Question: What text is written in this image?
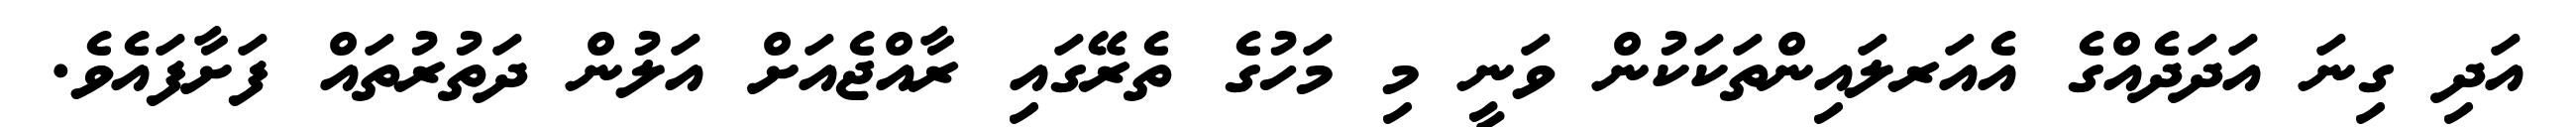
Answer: އަދި ގިނަ އަދަދެއްގެ އެއަރލައިންތަކަކުން ވަނީ މި މަހުގެ ތެރޭގައި ރާއްޖެއަށް އަލުން ދަތުރުތައް ފަށާފައެވެ.